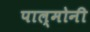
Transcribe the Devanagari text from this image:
पाल्मोनी